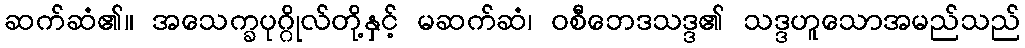
ဆက်ဆံ၏။ အသေက္ခပုဂ္ဂိုလ်တို့နှင့် မဆက်ဆံ၊ ဝစီဘေဒသဒ္ဒ၏ သဒ္ဒဟူသောအမည်သည်